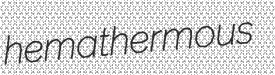
hemathermous